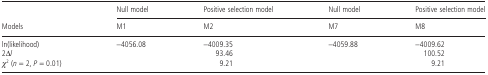
|  | Null model | Positive selection model | Null model | Positive selection model |
 | Models | M1 | M2 | M7 | M8 |
 | --- | --- | --- | --- | --- |
 | ln(likelihood) | −4056.08 | −4009.35 | −4059.88 | −4009.62 |
 | 2Δl |  | 93.46 |  | 100.52 |
 | χ2 (n= 2, P= 0.01) |  | 9.21 |  | 9.21 |